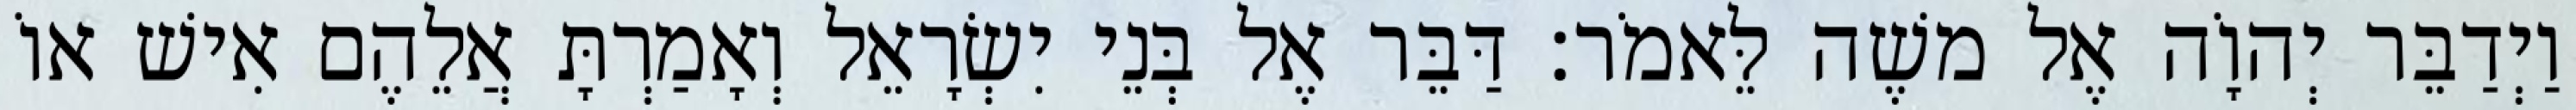
וַיְדַבֵּר יְהוָֹה אֶל משֶׁה לֵּאמֹר׃ דַּבֵּר אֶל בְּנֵי יִשְׂרָאֵל וְאָמַרְתָּ אֲלֵהֶם אִישׁ אוֹ